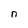
Character: n